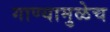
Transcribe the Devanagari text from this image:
गाण्यामुळेच